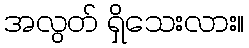
အလွတ် ရှိသေးလား။